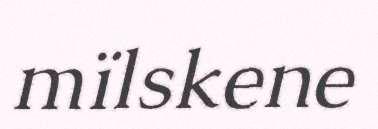
mïlskene